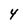
Character: 4